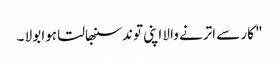
" کار سے اترنے والا اپنی توند سنبھالتا ہوا بولا ۔